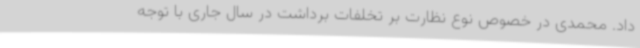
داد. محمدی در خصوص نوع نظارت بر تخلفات برداشت در سال جاری با توجه